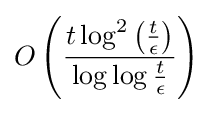
O\left({\frac {t\log ^{2}\left({\frac {t}{\epsilon }}\right)}{\log \log {\frac {t}{\epsilon }}}}\right)